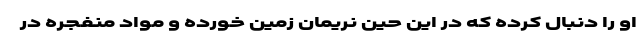
او را دنبال کرده که در این حین نریمان زمین خورده و مواد منفجره در